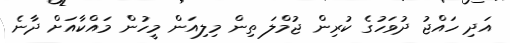
އަދި ހައްޖު ދުވަހުގެ ކުރިން ޖުމްލަ ތިން މިލިއަން މީހުން މައްކާއަށް ދާނެ